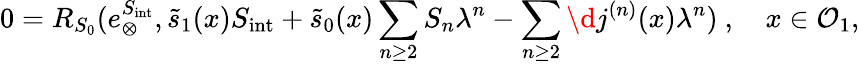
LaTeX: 0=R_{S_{0}}(e_{\otimes}^{S_{\mathrm{int}}},\tilde{s}_{1}(x)S_{\mathrm{int}}+\tilde{s}_{0}(x)\sum_{n\ge 2}S_{n}\lambda^{n}-\sum_{n\ge 2}\d j^{(n)}(x)\lambda^{n})\ ,\quad x\in\mathcal{O}_{1},